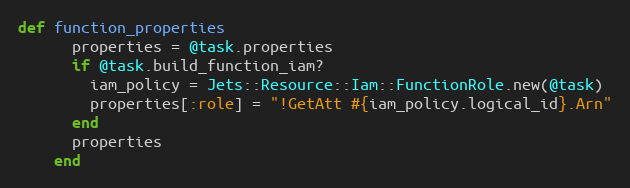
Language: Ruby
def function_properties
      properties = @task.properties
      if @task.build_function_iam?
        iam_policy = Jets::Resource::Iam::FunctionRole.new(@task)
        properties[:role] = "!GetAtt #{iam_policy.logical_id}.Arn"
      end
      properties
    end